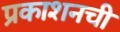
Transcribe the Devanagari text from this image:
प्रकाशनची